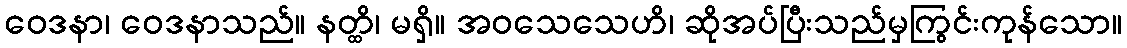
ဝေဒနာ၊ ဝေဒနာသည်။ နတ္ထိ၊ မရှိ။ အဝသေသေဟိ၊ ဆိုအပ်ပြီးသည်မှကြွင်းကုန်သော။